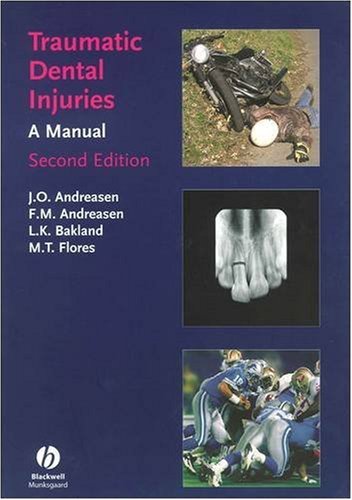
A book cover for Traumatic Dental Injuries: A Manual; Leif K. Bakland; Medical Books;